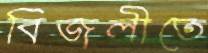
বিজলীতে